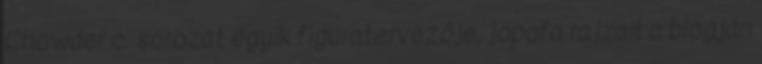
Chowder c. sorozat egyik figuratervezője, jópofa rajzait a blogján